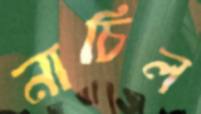
নাচিল